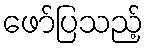
ဖော်ပြသည့်